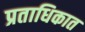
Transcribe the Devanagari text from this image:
प्रताधिकात